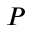
P